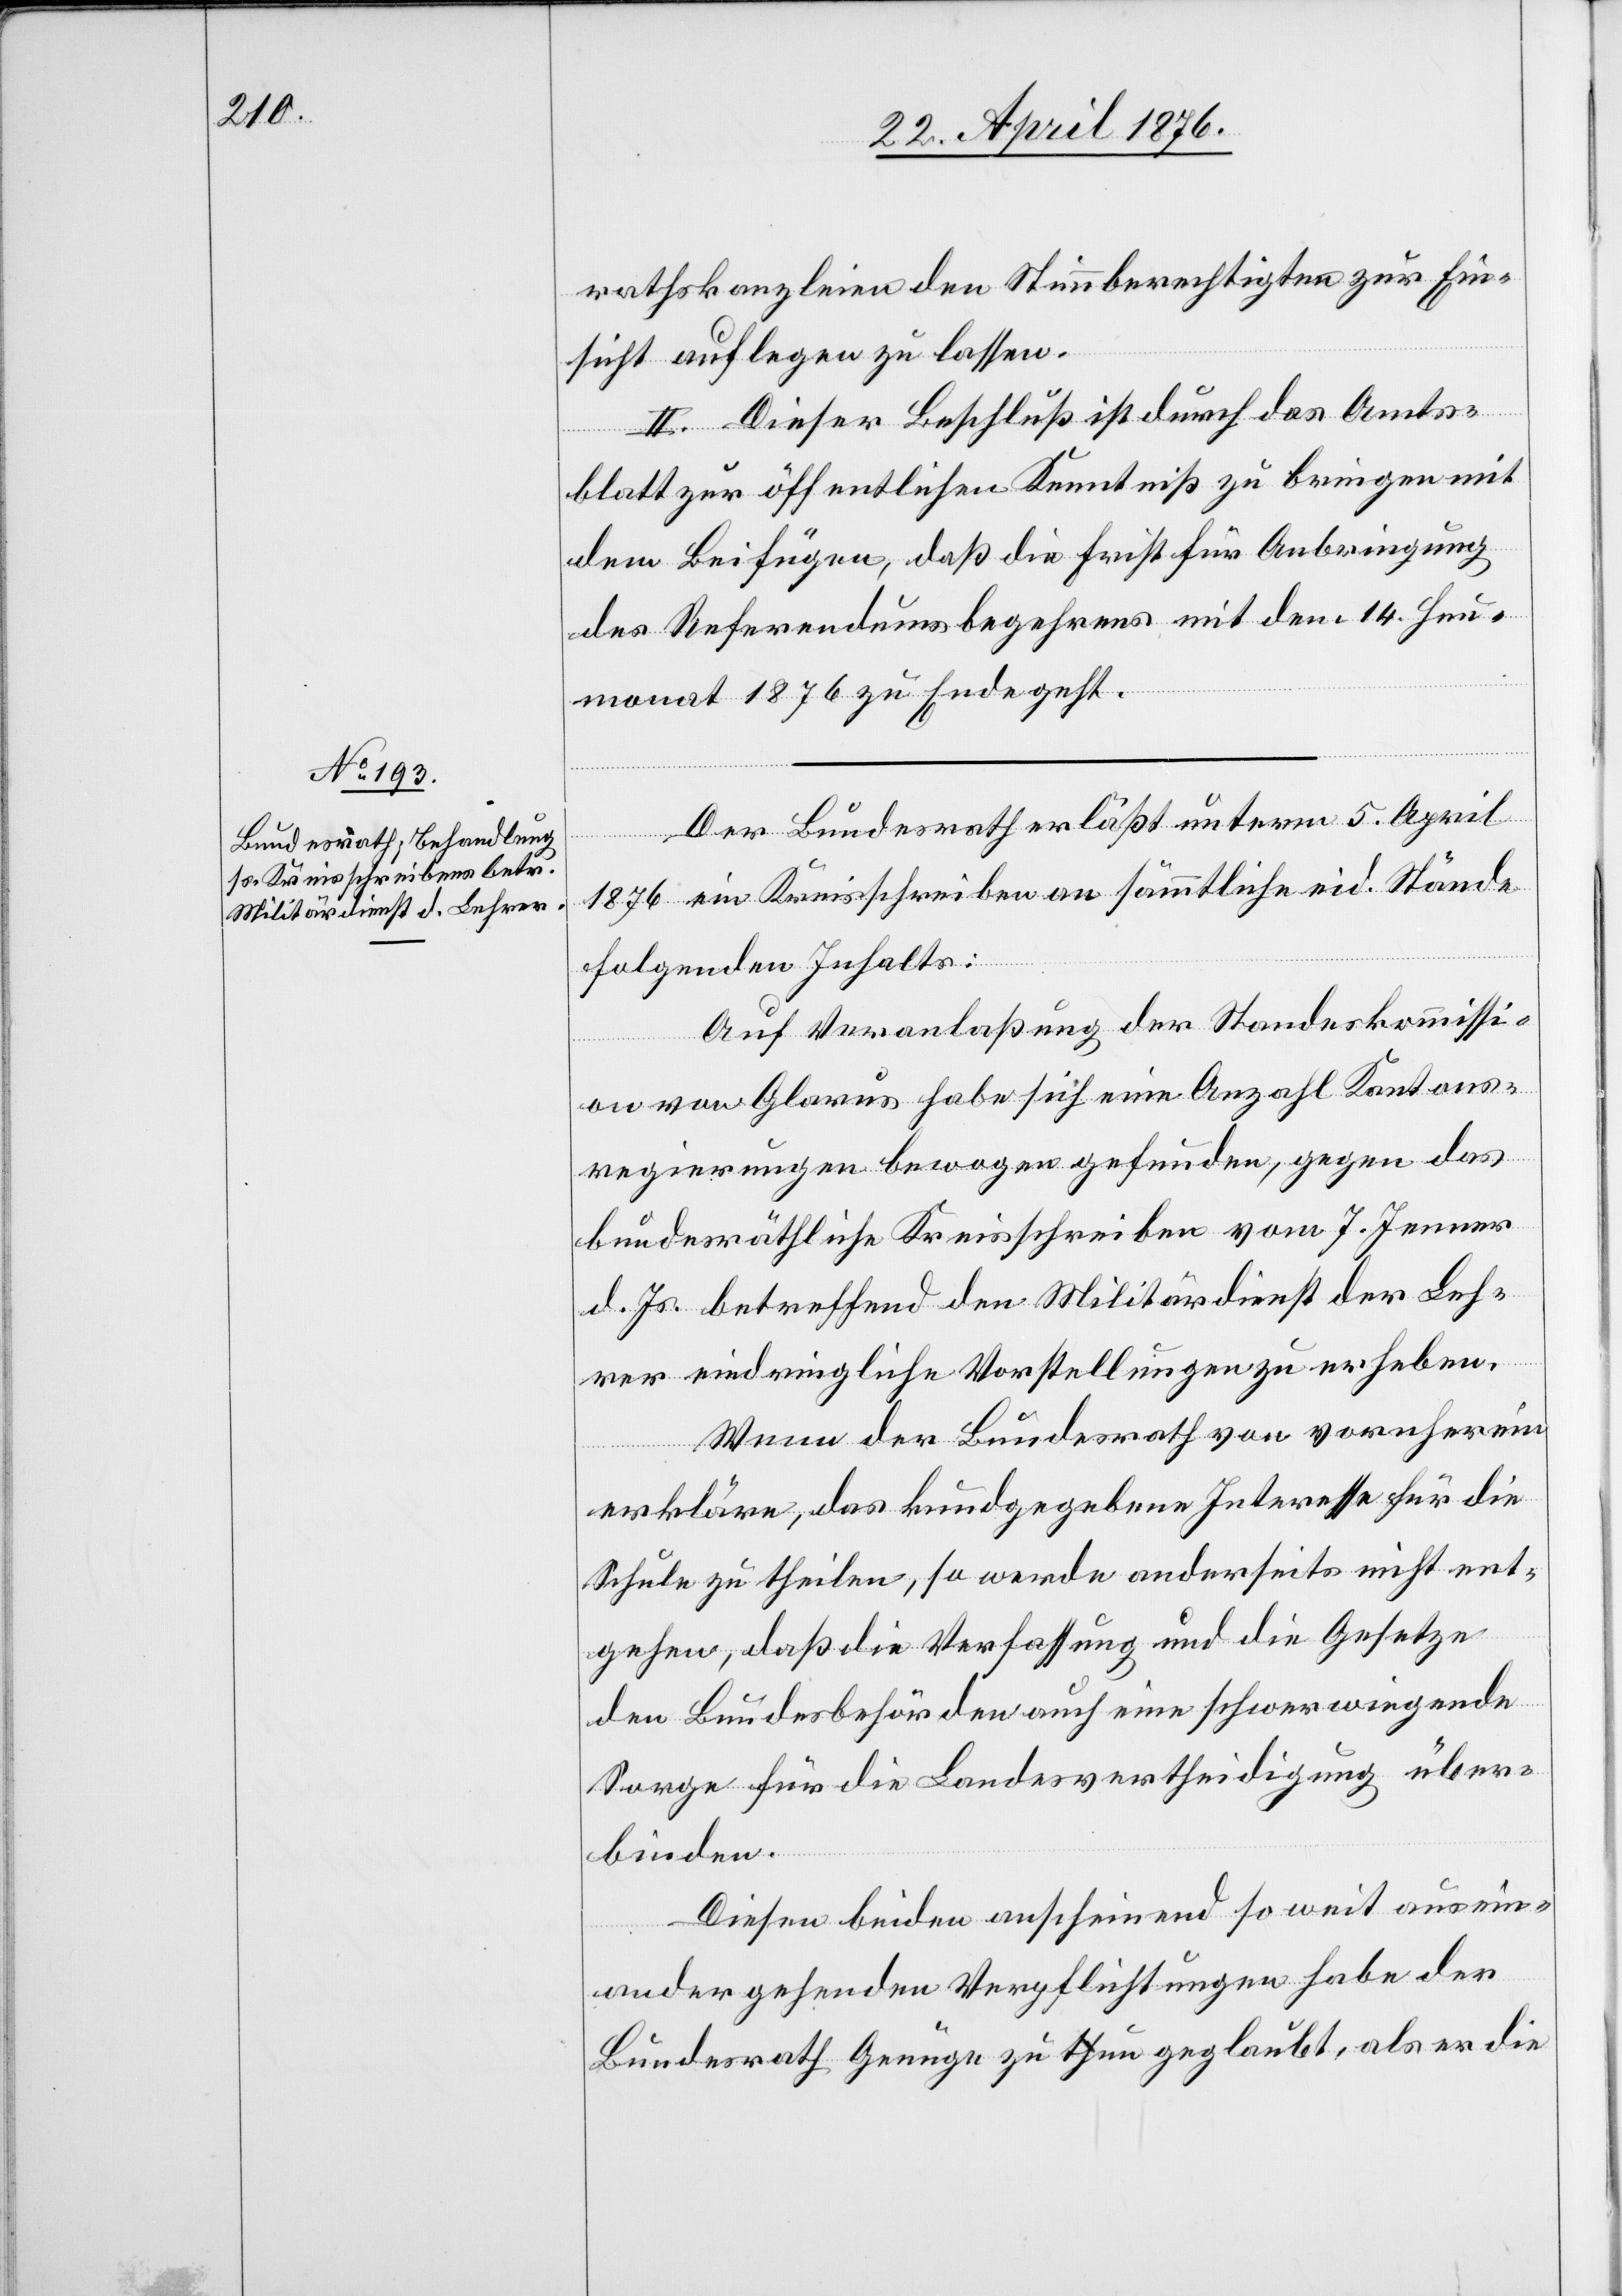
rathskanzleien den Stimmberechtigten zur Ein¬
sicht auflegen zu lassen.
II. Dieser Beschluß ist durch das Amts¬
blatt zur öffentlichen Kenntniß zu bringen mit
dem Beifügen, daß die Frist für Anbringung
des Referendumsbegehrens mit dem 14. Heu¬
monat 1876 zu Ende geht.